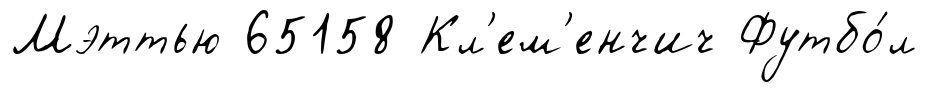
Мэттью 65158 Кл'ем'енчич Футбо́л